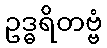
ဥဒ္ဓရိတဗ္ဗံ